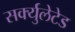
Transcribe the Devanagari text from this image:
सर्क्युलेटेड